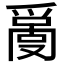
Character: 𤔬